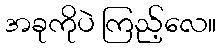
အခုကိုပဲ ကြည့်လေ။